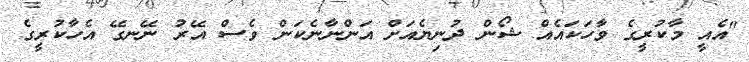
"އެއީ މާކުރީގެ ވާހަކައެއް ޝޯން ދުނިޔެއަށް އަންނާނެކަން ވެސް އޭރު ނޭނގޭ އެހާކުރީގެ